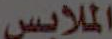
الملابس